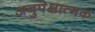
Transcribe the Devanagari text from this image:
अनुपेक्षात्मक